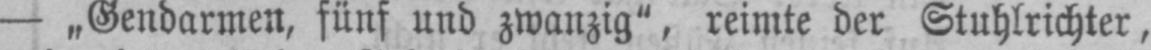
- „Gendarmen, fünf und zwanzig“, reimte der Stuhlrichter,